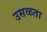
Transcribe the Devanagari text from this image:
उसळता